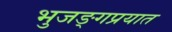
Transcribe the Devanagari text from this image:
भुजङ्गप्रयात